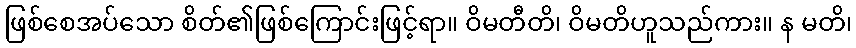
ဖြစ်စေအပ်သော စိတ်၏ဖြစ်ကြောင်းဖြင့်ရာ။ ဝိမတီတိ၊ ဝိမတိဟူသည်ကား။ န မတိ၊